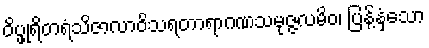
ဝိပ္ဖုရိတရံသိဇာလာဝိသရတာရာဂဏသမုဇ္ဇလမိဝ၊ ပြန့်နှံ့သော